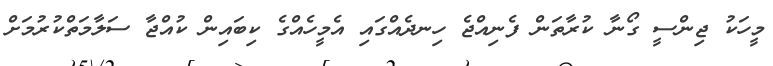
މީހަކު ޖިންސީ ގޯނާ ކުރާތަން ފެނިއްޖެ ހިނދެއްގައި އެމީހެއްގެ ކިބައިން ކުއްޖާ ސަލާމަތްކުރުމަށް